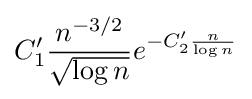
C_{1}'{\frac {n^{-3/2}}{\sqrt {\log n}}}e^{-C_{2}'{\frac {n}{\log n}}}